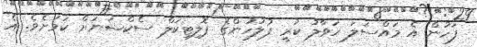
ފަހުން އެ މައްސަލަ ހަވާލު ކުރީ ފުލުހުންގެ ޕޮލިޓިކަލް ސެކްޝަނަށް ކަމަށެވެ. އެ